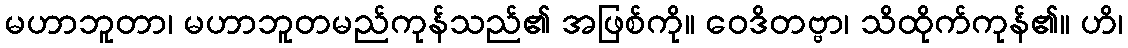
မဟာဘူတာ၊ မဟာဘူတမည်ကုန်သည်၏ အဖြစ်ကို။ ဝေဒိတဗ္ဗာ၊ သိထိုက်ကုန်၏။ ဟိ၊